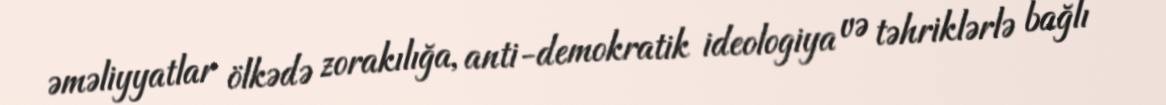
əməliyyatlar ölkədə zorakılığa, anti-demokratik ideologiya və təhriklərlə bağlı